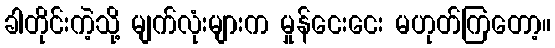
ခါတိုင်းကဲ့သို့ မျက်လုံးများက မှုန်ငေးငေး မဟုတ်ကြတော့။